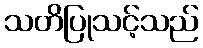
သတိပြုသင့်သည်